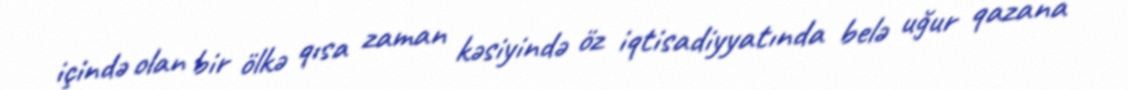
içində olan bir ölkə qısa zaman kəsiyində öz iqtisadiyyatında belə uğur qazana